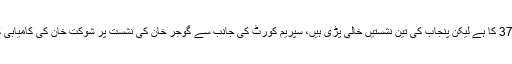
ویسے تو پنجاب اسمبلی کا ایوان 371 کا ہے لیکن پنجاب کی تین نشستیں خالی پڑی ہیں، سپریم کورٹ کی جانب سے گوجر خان کی نشست پر شوکت خان کی کامیابی کا رزلٹ عدالتی حکم پر معطل ہے۔